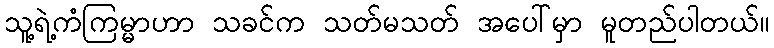
သူ့ရဲ့ကံကြမ္မာဟာ သခင်က သတ်မသတ် အပေါ်မှာ မူတည်ပါတယ်။